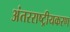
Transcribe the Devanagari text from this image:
अंतरराष्ट्रीयकरण